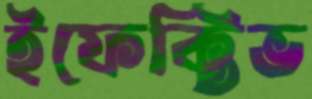
ইফেক্টিভ